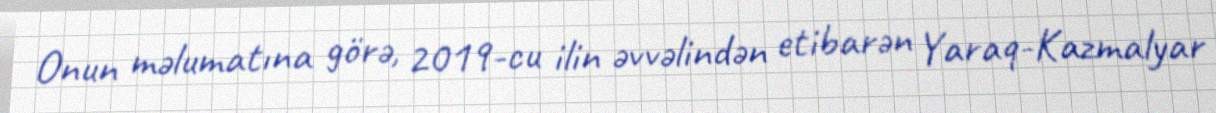
Onun məlumatına görə, 2019-cu ilin əvvəlindən etibarən Yaraq-Kazmalyar